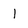
Character: 1